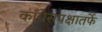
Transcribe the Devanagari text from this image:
काँग्रेसपक्षातर्फे